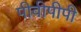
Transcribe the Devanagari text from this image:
पीवीपीपी